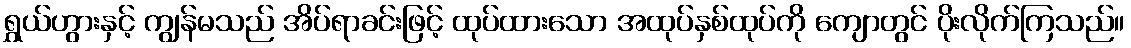
ရွှယ်ဟွားနှင့် ကျွန်မသည် အိပ်ရာခင်းဖြင့် ထုပ်ထားသော အထုပ်နှစ်ထုပ်ကို ကျောတွင် ပိုးလိုက်ကြသည်။